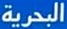
البحرية